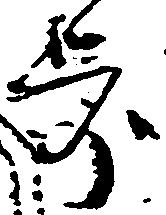
歩